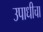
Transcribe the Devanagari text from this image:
उपाधीचा